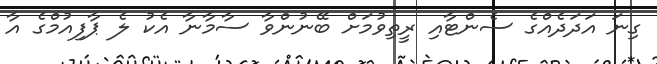
ގިނަ އަދަދެއްގެ ސެންޓާއި ރީތިވުމަށް ބޭނުންވާ ސާމާނާ އެކު ލެ ޕާފިއުމްގެ އާ